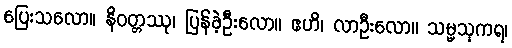
ပြေးသလော။ နိဝတ္တဿု၊ ပြန်ခဲ့ဦးလော။ ဧဟိ၊ လာဦးလော။ သမ္မသုကရ၊